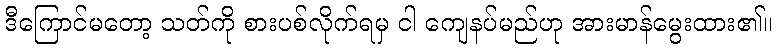
ဒီကြောင်မတော့ သတ်ကို စားပစ်လိုက်ရမှ ငါ ကျေနပ်မည်ဟု အားမာန်မွေးထား၏။